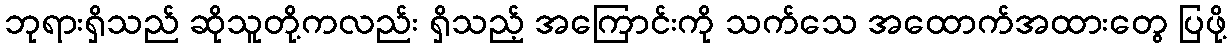
ဘုရားရှိသည် ဆိုသူတို့ကလည်း ရှိသည့် အကြောင်းကို သက်သေ အထောက်အထားတွေ ပြဖို့